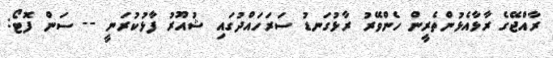
ރާއްޖޭގެ ރާޅާއެޅުންތެރީން ހެންވޭރު ރާޅުގަނޑު ސަރަހައްދުގައި ޝުއޫރު ފާޅުކުރަނީ -- ސަން ފޮޓޯ: